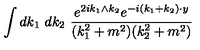
\int d k _ { 1 } \ d k _ { 2 } \ \frac { e ^ { 2 i k _ { 1 } \wedge k _ { 2 } } e ^ { - i ( k _ { 1 } + k _ { 2 } ) \cdot y } } { ( k _ { 1 } ^ { 2 } + m ^ { 2 } ) ( k _ { 2 } ^ { 2 } + m ^ { 2 } ) }